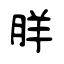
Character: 羘